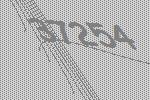
37254